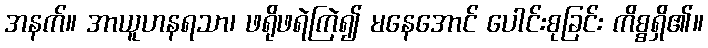
အနက်။ အာယူဟနရသာ၊ ဖရိုဖရဲကြဲ၍ မနေအောင် ပေါင်းစုခြင်း ကိစ္စရှိ၏။